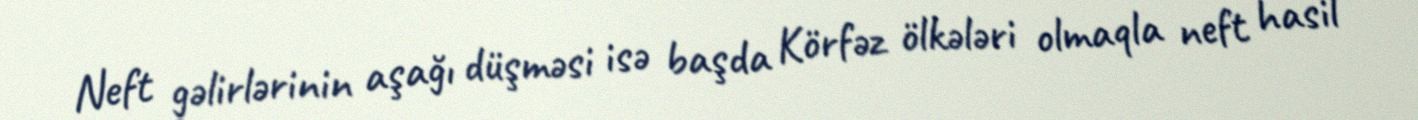
Neft gəlirlərinin aşağı düşməsi isə başda Körfəz ölkələri olmaqla neft hasil